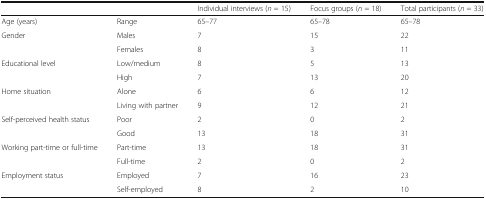
<table><thead><tr><td></td><td></td><td><b>Individual interviews (<i>n</i> = 15)</b></td><td><b>Focus groups (<i>n</i> = 18)</b></td><td><b>Total participants (<i>n</i> = 33)</b></td></tr></thead><tbody><tr><td>Age (years)</td><td>Range</td><td>65–77</td><td>65–78</td><td>65–78</td></tr><tr><td rowspan="2">Gender</td><td>Males</td><td>7</td><td>15</td><td>22</td></tr><tr><td>Females</td><td>8</td><td>3</td><td>11</td></tr><tr><td rowspan="2">Educational level</td><td>Low/medium</td><td>8</td><td>5</td><td>13</td></tr><tr><td>High</td><td>7</td><td>13</td><td>20</td></tr><tr><td rowspan="2">Home situation</td><td>Alone</td><td>6</td><td>6</td><td>12</td></tr><tr><td>Living with partner</td><td>9</td><td>12</td><td>21</td></tr><tr><td rowspan="2">Self-perceived health status</td><td>Poor</td><td>2</td><td>0</td><td>2</td></tr><tr><td>Good</td><td>13</td><td>18</td><td>31</td></tr><tr><td rowspan="2">Working part-time or full-time</td><td>Part-time</td><td>13</td><td>18</td><td>31</td></tr><tr><td>Full-time</td><td>2</td><td>0</td><td>2</td></tr><tr><td rowspan="2">Employment status</td><td>Employed</td><td>7</td><td>16</td><td>23</td></tr><tr><td>Self-employed</td><td>8</td><td>2</td><td>10</td></tr></tbody></table>